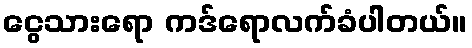
ငွေသားရော ကဒ်ရောလက်ခံပါတယ်။